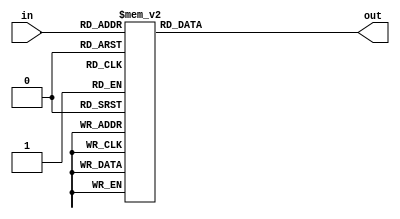
`timescale 1ns / 1ps
//////////////////////////////////////////////////////////////////////////////////
// Company: 
// Engineer: 
// 
// Design Name: 
// Module Name: HexDigit
// Project Name: 
// Target Devices: 
// Tool Versions: 
// Description: 
// 
// Dependencies: 
// 
// Revision:
// Revision 0.01 - File Created
// Additional Comments:
// 
//////////////////////////////////////////////////////////////////////////////////


module HexDigit(
        input [3:0] in,
        output reg [7:0] out
    );
    always @ (in) begin
            case (in)
                4'h0: out <= 8'b1100_0000;
                4'h1: out <= 8'b1111_1001;
                4'h2: out <= 8'b1010_0100;
                4'h3: out <= 8'b1011_0000;
                4'h4: out <= 8'b1001_1001;
                4'h5: out <= 8'b1001_0010;
                4'h6: out <= 8'b1000_0010;
                4'h7: out <= 8'b1111_1000;
                4'h8: out <= 8'b1000_0000;
                4'h9: out <= 8'b1001_0000;
                4'ha: out <= 8'b1000_1000;
                4'hb: out <= 8'b1000_0011;
                4'hc: out <= 8'b1010_0111;
                4'hd: out <= 8'b1010_0001;
                4'he: out <= 8'b1000_0110;
                4'hf: out <= 8'b1000_1110;
                default: out <= 8'b0000_0000;
            endcase
        end

    
endmodule